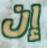
إن